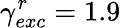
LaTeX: \gamma_{exc}^{r}=1.9